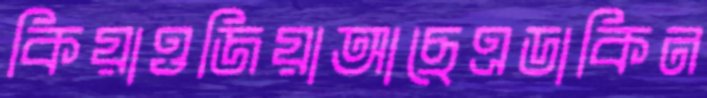
কিয়াওজিয়াআছেএডাকিন